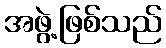
အဖွဲ့ဖြစ်သည်